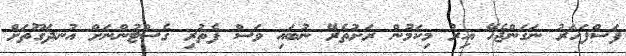
ފަސްފަހަރު ނަގަންޖެހޭ އިރު މިކަމުން ރަށުތެރޭ ނުބައި ވަސް ފެތުރި ގެސްޓުންނަށް އުނދަގޫތަށް